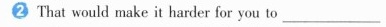
That would make it harder for you to_____